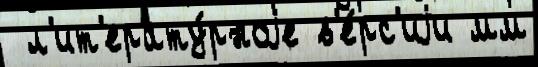
 л'ит'ерату́рноjе в'е́рс'иjи мм